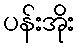
ပန်းအိုး